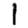
Digit: 1